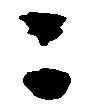
ニ